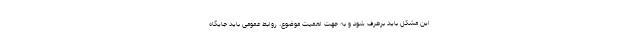
این مشکل باید برطرف شود و به جهت اهمیت موضوع، روابط عمومی باید جایگاه